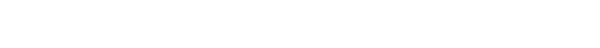
ဤသို့။ သုဏာတိ၊ ကြား၏။ တဿ၊ ထိုပုဂ္ဂိုလ်သည်အား။ ဧဝံ၊ ဤသို့အကြံသည်။